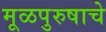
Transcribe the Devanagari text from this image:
मूळपुरुषाचे